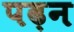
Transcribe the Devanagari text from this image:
पढ़न